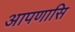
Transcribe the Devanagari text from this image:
आपणासि